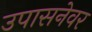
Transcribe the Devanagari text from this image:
उपासनेवर